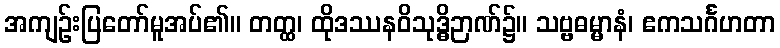
အကျဉ်းပြတော်မူအပ်၏။ တတ္ထ၊ ထိုဒဿနဝိသုဒ္ဓိဉာဏ်၌။ သဗ္ဗဓမ္မာနံ၊ ဧကသင်္ဂဟတာ